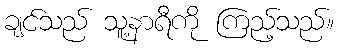
ချင်သည် သူ့နာရီကို ကြည့်သည်။